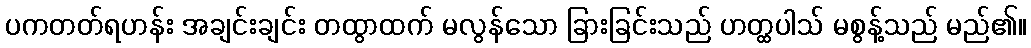
ပကတတ်ရဟန်း အချင်းချင်း တထွာထက် မလွန်သော ခြားခြင်းသည် ဟတ္ထပါသ် မစွန့်သည် မည်၏။